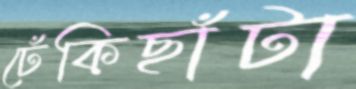
ঢেঁকিছাঁটা